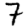
Digit: 7